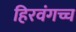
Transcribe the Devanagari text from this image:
हिरवंगच्च